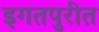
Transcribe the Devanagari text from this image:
इगतपुरीत